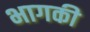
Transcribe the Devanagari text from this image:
भागकी